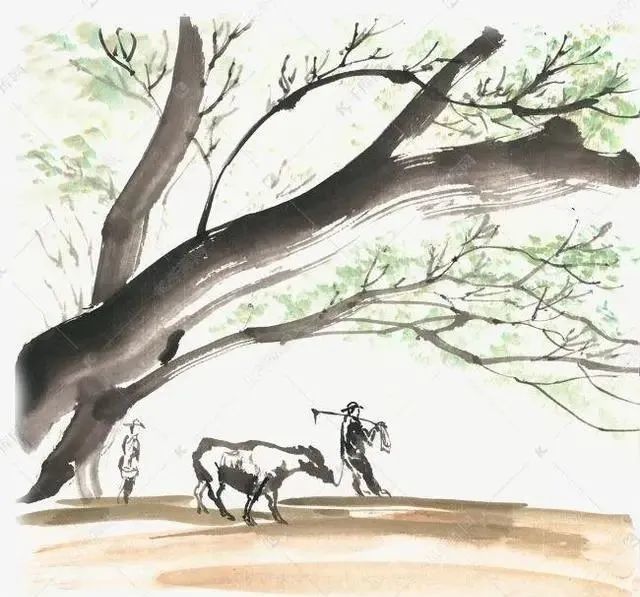
岁暮锄犁傍空室，呼儿登山收橡实。